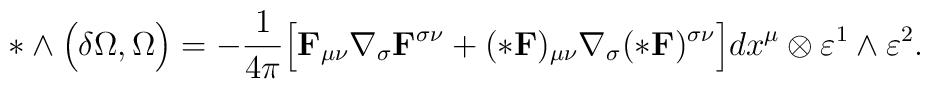
*\wedge\Bigl(\delta\Omega, \Omega\Bigr)=-\frac{1}{4\pi}\Bigl[{\bf F}_{\mu\nu}\nabla_\sigma {\bf F}^{\sigma\nu}+(*{\bf F})_{\mu\nu}\nabla_\sigma (*{\bf F})^{\sigma\nu}\Bigr]dx^\mu\otimes\varepsilon^1\wedge\varepsilon^2.